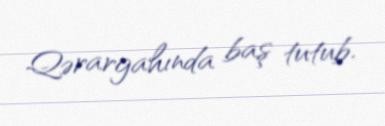
Qərargahında baş tutub.